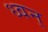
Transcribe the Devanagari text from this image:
ध्वन्